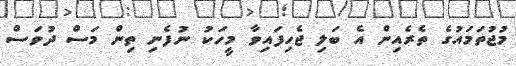
މުޖުތަމައުގެ ތެރެއިން އެ ބަލި ޖެހިފައިވާ މީހަކު ނުފެނި ތިން މަސް ދުވަސް